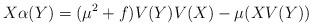
LaTeX: \begin{align*}X\alpha(Y)=(\mu^{2} +f)V(Y)V(X)-\mu(XV(Y))\end{align*}